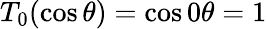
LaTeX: T_{0}(\cos\theta)=\cos 0\theta=1